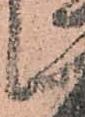
候